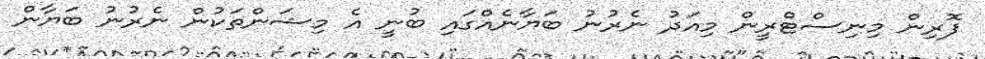
ފޮރިން މިނިސްޓްރީން މިއަދު ނެރުނު ބަޔާނެއްގައި ބުނީ އެ މިޝަންތަކުން ނެރުނު ބަޔާން